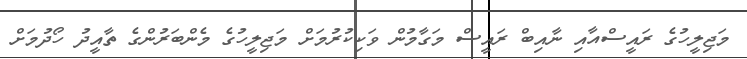
މަޖިލީހުގެ ރައީސްއާއި ނާއިބް ރައީސް މަގާމުން ވަކިކުރުމަށް މަޖިލީހުގެ މެންބަރުންގެ ތާއީދު ހޯދުމަށް